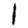
Digit: 1